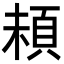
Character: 𩑵